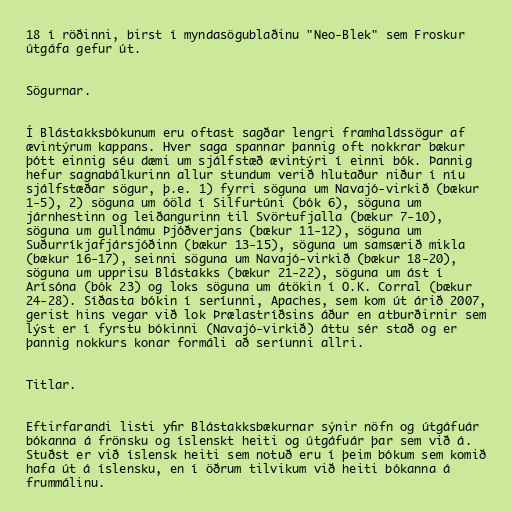
18 í röðinni, birst í myndasögublaðinu "Neo-Blek" sem Froskur
útgáfa gefur út.

Sögurnar.

Í Blástakksbókunum eru oftast sagðar lengri framhaldssögur af
ævintýrum kappans. Hver saga spannar þannig oft nokkrar bækur
þótt einnig séu dæmi um sjálfstæð ævintýri í einni bók. Þannig
hefur sagnabálkurinn allur stundum verið hlutaður niður í níu
sjálfstæðar sögur, þ.e. 1) fyrri söguna um Navajó-virkið (bækur
1-5), 2) söguna um óöld í Silfurtúni (bók 6), söguna um
járnhestinn og leiðangurinn til Svörtufjalla (bækur 7-10),
söguna um gullnámu Þjóðverjans (bækur 11-12), söguna um
Suðurríkjafjársjóðinn (bækur 13-15), söguna um samsærið mikla
(bækur 16-17), seinni söguna um Navajó-virkið (bækur 18-20),
söguna um upprisu Blástakks (bækur 21-22), söguna um ást í
Arísóna (bók 23) og loks söguna um átökin í O.K. Corral (bækur
24-28). Síðasta bókin í seríunni, Apaches, sem kom út árið 2007,
gerist hins vegar við lok Þrælastríðsins áður en atburðirnir sem
lýst er í fyrstu bókinni (Navajó-virkið) áttu sér stað og er
þannig nokkurs konar formáli að seríunni allri.

Titlar.

Eftirfarandi listi yfir Blástakksbækurnar sýnir nöfn og útgáfuár
bókanna á frönsku og íslenskt heiti og útgáfuár þar sem við á.
Stuðst er við íslensk heiti sem notuð eru í þeim bókum sem komið
hafa út á íslensku, en í öðrum tilvikum við heiti bókanna á
frummálinu.